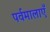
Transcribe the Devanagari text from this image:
पर्वमालाएँ